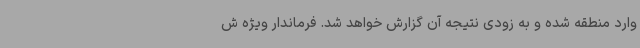
وارد منطقه شده و به زودی نتیجه آن گزارش خواهد شد. فرماندار ویژه ش